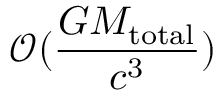
\mathcal { O } ( \frac { G M _ { \mathrm { { t o t a l } } } } { c ^ { 3 } } )